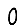
Digit: 0